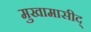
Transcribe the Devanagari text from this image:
मुखामासीद्